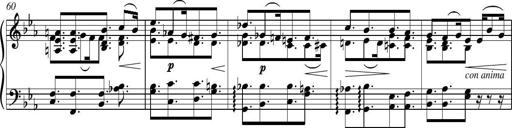
Title: Piano Sonatina in G major
Composer: Johan Peter Emilius Hartmann
Key: G major